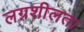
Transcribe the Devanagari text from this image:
लग्नशीलता